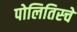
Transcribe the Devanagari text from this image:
पोलितिस्चे